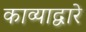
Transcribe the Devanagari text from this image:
काव्याद्वारे